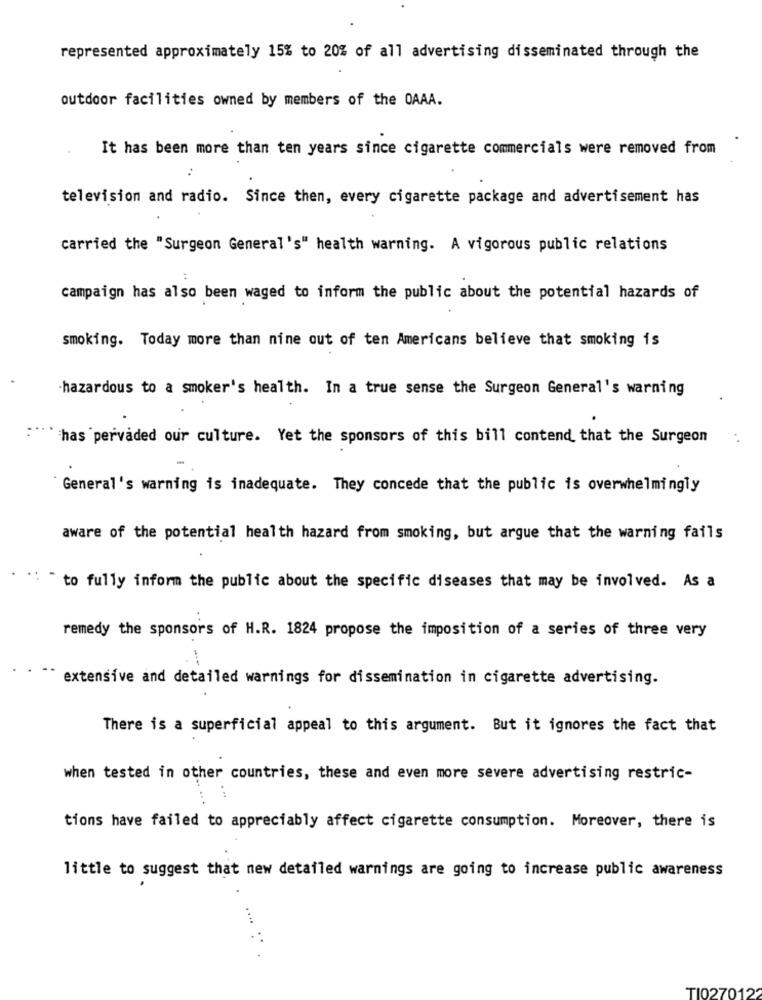
represented approximately 15% to 20% of all advertising disseminated through the
outdoor facilities owned by members of the OAAA.
It has been more than ten years since cigarette commercials were removed from
television and radio. Since then, every cigarette package and advertisement has
carried the "Surgeon General's" health warning. A vigorous public relations
campaign has also been waged to inform the public about the potential hazards of
smoking. Today more than nine out of ten Americans believe that smoking is
hazardous to a smoker's health. In a true sense the Surgeon General's warning
:" has pervaded our culture. Yet the sponsors of this bill contend that the Surgeon
General's warning is inadequate. They concede that the public is overwhelmingly
aware of the potential health hazard from smoking, but argue that the warning fails
.: .
to fully inform the public about the specific diseases that may be involved. As a
remedy the sponsors of H.R. 1824 propose the imposition of a series of three very
extensive and detailed warnings for dissemination in cigarette advertising.
There is a superficial appeal to this argument. But it ignores the fact that
when tested in other countries, these and even more severe advertising restric-
tions have failed to appreciably affect cigarette consumption. Moreover, there is
little to suggest that new detailed warnings are going to increase public awareness
....
TI0270122